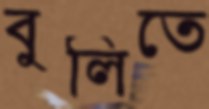
বুলিতে